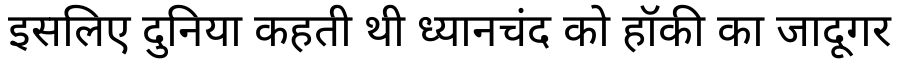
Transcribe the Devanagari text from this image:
इसलिए दुनिया कहती थी ध्यानचंद को हॉकी का जादूगर